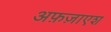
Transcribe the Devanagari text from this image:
अफ़ज़ाएश